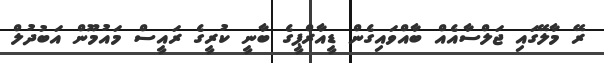
ރޭ މާލޭގައި ޖަލްސާއެއް ބާއްވައިގެން ޑީއާރްޕީގެ ބާނީ ކުރީގެ ރައީސް މައުމޫން އަބުދުލް